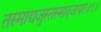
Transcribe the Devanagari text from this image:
तस्माद्यजुस्तस्मादजायत॥९॥